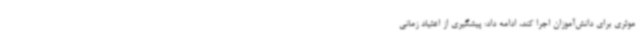
موثری برای دانش‌آموزان اجرا کند، ادامه داد: پیشگیری از اعتیاد زمانی